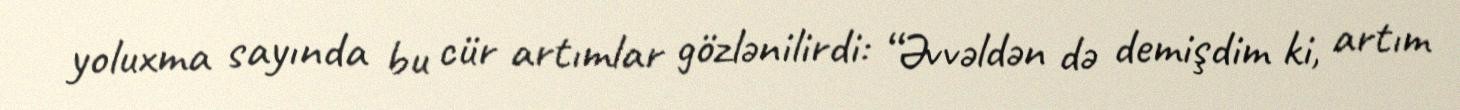
yoluxma sayında bu cür artımlar gözlənilirdi: “Əvvəldən də demişdim ki, artım